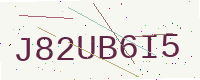
Text: J82UB6I5